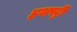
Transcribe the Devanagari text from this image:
हथपट्टी